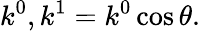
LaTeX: k^{0},k^{1}=k^{0}\cos\theta.